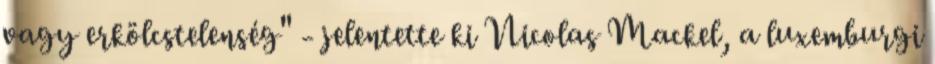
vagy erkölcstelenség" - jelentette ki Nicolas Mackel, a luxemburgi